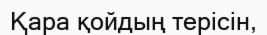
Қара қойдың терісін,